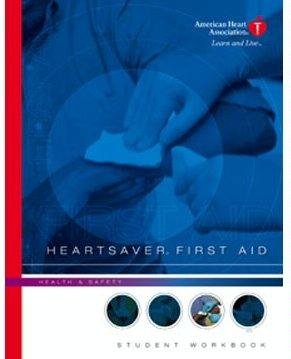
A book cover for Heartsaver First Aid - Student Workbook; American Heart Association; Health, Fitness & Dieting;